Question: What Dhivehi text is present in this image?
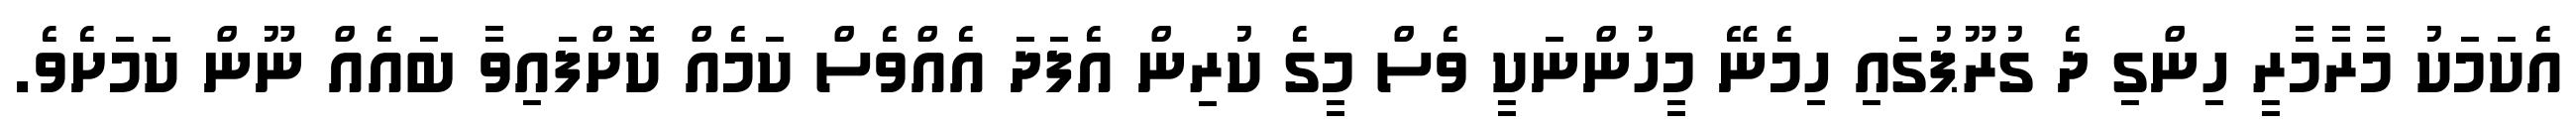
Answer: އެކަމަކު މާރާމާރީ ހިންގި ދެ ގުރޫޕުގައި ހިމެނޭ މީހުންނަކީ ވެސް މީގެ ކުރިން އެފަދަ އެއްވެސް ކަމެއް ކޮށްފައިވާ ބައެއް ނޫން ކަމަށެވެ.